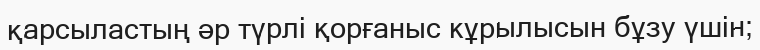
қарсыластың әр түрлі қорғаныс кұрылысын бұзу үшін;